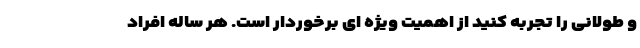
و طولانی را تجربه کنید از اهمیت ویژه ای برخوردار است. هر ساله افراد